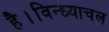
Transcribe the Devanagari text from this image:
है।विन्ध्याचल